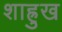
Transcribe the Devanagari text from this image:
शाह्रुख